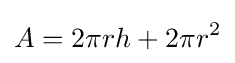
A=2\pi rh+2\pi r^{2}